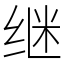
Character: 继